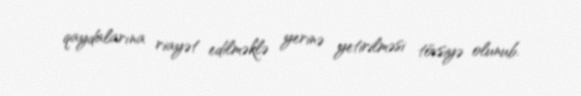
qaydalarına riayət edilməklə yerinə yetirilməsi tövsiyə olunub.